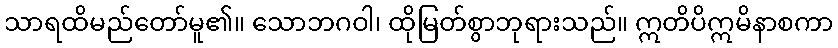
သာရထိမည်တော်မူ၏။ သောဘဂဝါ၊ ထိုမြတ်စွာဘုရားသည်။ ဣတိပိဣမိနာစကာ